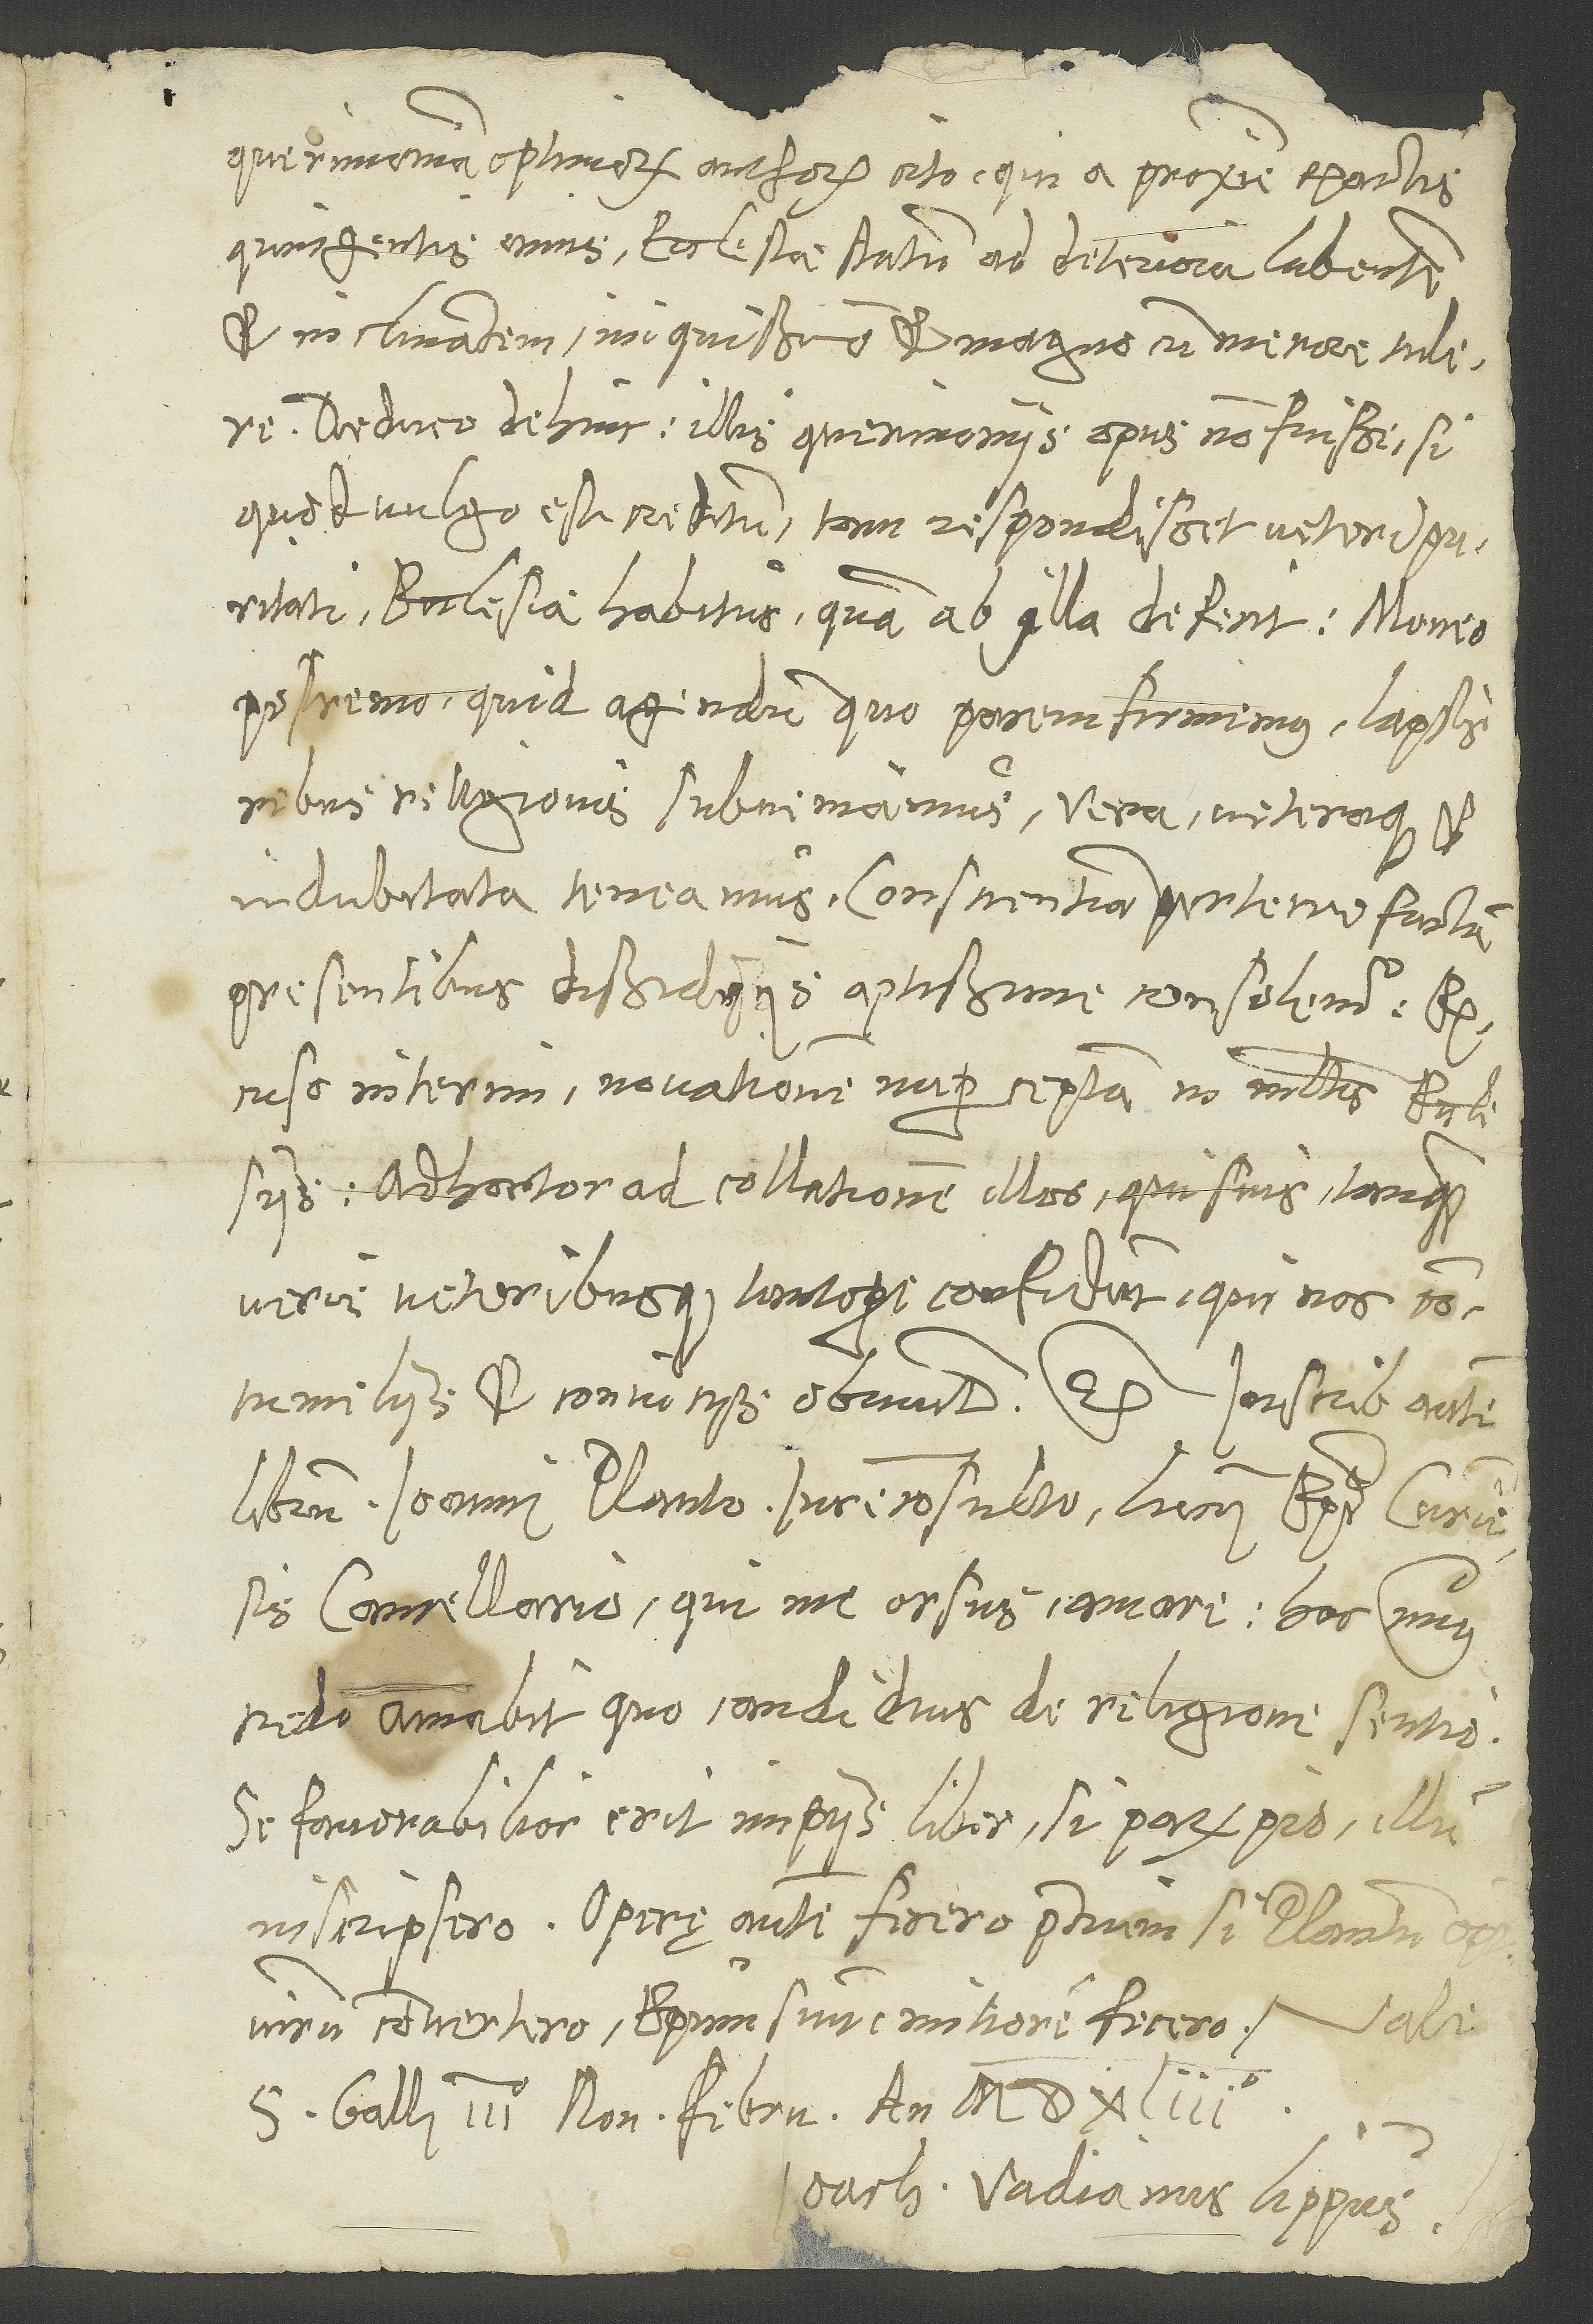
querimoniam optimorum auctorum cito, qui a proxime exactis
quingentis annis ecclesiae statum ad deteriora labentem
et inclinantem iniquissime et magno cum maerore tulere.
Deduco dehinc, illis querimoniis opus non fuisse, si,
quod vulgo est creditum, tam respondisset veteri puritati
ecclesiae habitus, quam ab illa defecit. Moneo
postremo, quid agendum, quo pacem firmemus, lapsis
rebus religionis subveniamus, vera veteraque et
indubitata teneamus, conscientiam perterrefoctam
praesentibus dissidiis aptissime consolemur.
Excuso interim novationem nuper captam in multis ecclesiis;
adhortor ad collationem illos, qui suis tanquam
veris veteribusque tantopere confidunt, qui nos
librum Ioanni Planto, iureconsulto, Lucii, episcopi Curiensis,
cancellario, qui me orsus amare. Hoc minus,
credo, amabit, quo candidius de religione sentio;
favorabilior erit impiis liber, si parum pio illum
inscripsero. Operę autem fecero pretium, si Plantum, optimum
virum, convertero, episcopum suum mitiorem fecero. Vale.
Ioachimus Vadianus, lippus.